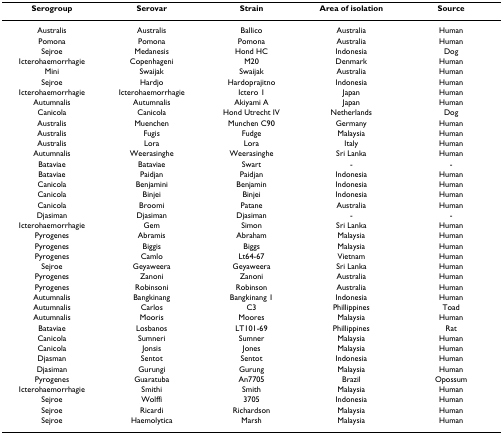
<table><thead><tr><td><b>Serogroup</b></td><td><b>Serovar</b></td><td><b>Strain</b></td><td><b>Area of isolation</b></td><td><b>Source</b></td></tr></thead><tbody><tr><td>Australis</td><td>Australis</td><td>Ballico</td><td>Australia</td><td>Human</td></tr><tr><td>Pomona</td><td>Pomona</td><td>Pomona</td><td>Australia</td><td>Human</td></tr><tr><td>Sejroe</td><td>Medanesis</td><td>Hond HC</td><td>Indonesia</td><td>Dog</td></tr><tr><td>Icterohaemorrhagie</td><td>Copenhageni</td><td>M20</td><td>Denmark</td><td>Human</td></tr><tr><td>Mini</td><td>Swaijak</td><td>Swaijak</td><td>Australia</td><td>Human</td></tr><tr><td>Sejroe</td><td>Hardjo</td><td>Hardoprajitno</td><td>Indonesia</td><td>Human</td></tr><tr><td>Icterohaemorrhagie</td><td>Icterohaemorrhagie</td><td>Ictero 1</td><td>Japan</td><td>Human</td></tr><tr><td>Autumnalis</td><td>Autumnalis</td><td>Akiyami A</td><td>Japan</td><td>Human</td></tr><tr><td>Canicola</td><td>Canicola</td><td>Hond Utrecht IV</td><td>Netherlands</td><td>Dog</td></tr><tr><td>Australis</td><td>Muenchen</td><td>Munchen C90</td><td>Germany</td><td>Human</td></tr><tr><td>Australis</td><td>Fugis</td><td>Fudge</td><td>Malaysia</td><td>Human</td></tr><tr><td>Australis</td><td>Lora</td><td>Lora</td><td>Italy</td><td>Human</td></tr><tr><td>Autumnalis</td><td>Weerasinghe</td><td>Weerasinghe</td><td>Sri Lanka</td><td>Human</td></tr><tr><td>Bataviae</td><td>Bataviae</td><td>Swart</td><td>-</td><td>-</td></tr><tr><td>Bataviae</td><td>Paidjan</td><td>Paidjan</td><td>Indonesia</td><td>Human</td></tr><tr><td>Canicola</td><td>Benjamini</td><td>Benjamin</td><td>Indonesia</td><td>Human</td></tr><tr><td>Canicola</td><td>Binjei</td><td>Binjei</td><td>Indonesia</td><td>Human</td></tr><tr><td>Canicola</td><td>Broomi</td><td>Patane</td><td>Australia</td><td>Human</td></tr><tr><td>Djasiman</td><td>Djasiman</td><td>Djasiman</td><td>-</td><td>-</td></tr><tr><td>Icterohaemorrhagie</td><td>Gem</td><td>Simon</td><td>Sri Lanka</td><td>Human</td></tr><tr><td>Pyrogenes</td><td>Abramis</td><td>Abraham</td><td>Malaysia</td><td>Human</td></tr><tr><td>Pyrogenes</td><td>Biggis</td><td>Biggs</td><td>Malaysia</td><td>Human</td></tr><tr><td>Pyrogenes</td><td>Camlo</td><td>Lt64-67</td><td>Vietnam</td><td>Human</td></tr><tr><td>Sejroe</td><td>Geyaweera</td><td>Geyaweera</td><td>Sri Lanka</td><td>Human</td></tr><tr><td>Pyrogenes</td><td>Zanoni</td><td>Zanoni</td><td>Australia</td><td>Human</td></tr><tr><td>Pyrogenes</td><td>Robinsoni</td><td>Robinson</td><td>Australia</td><td>Human</td></tr><tr><td>Autumnalis</td><td>Bangkinang</td><td>Bangkinang 1</td><td>Indonesia</td><td>Human</td></tr><tr><td>Autumnalis</td><td>Carlos</td><td>C3</td><td>Phillippines</td><td>Toad</td></tr><tr><td>Autumnalis</td><td>Mooris</td><td>Moores</td><td>Malaysia</td><td>Human</td></tr><tr><td>Bataviae</td><td>Losbanos</td><td>LT101-69</td><td>Phillippines</td><td>Rat</td></tr><tr><td>Canicola</td><td>Sumneri</td><td>Sumner</td><td>Malaysia</td><td>Human</td></tr><tr><td>Canicola</td><td>Jonsis</td><td>Jones</td><td>Malaysia</td><td>Human</td></tr><tr><td>Djasman</td><td>Sentot</td><td>Sentot</td><td>Indonesia</td><td>Human</td></tr><tr><td>Djasiman</td><td>Gurungi</td><td>Gurung</td><td>Malaysia</td><td>Human</td></tr><tr><td>Pyrogenes</td><td>Guaratuba</td><td>An7705</td><td>Brazil</td><td>Opossum</td></tr><tr><td>Icterohaemorrhagie</td><td>Smithi</td><td>Smith</td><td>Malaysia</td><td>Human</td></tr><tr><td>Sejroe</td><td>Wolffi</td><td>3705</td><td>Indonesia</td><td>Human</td></tr><tr><td>Sejroe</td><td>Ricardi</td><td>Richardson</td><td>Malaysia</td><td>Human</td></tr><tr><td>Sejroe</td><td>Haemolytica</td><td>Marsh</td><td>Malaysia</td><td>Human</td></tr></tbody></table>